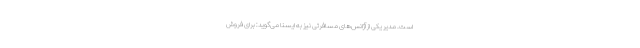
است. مدیر یکی از آژانس‌های مسافرتی نیز به ایسنا می‌گوید: برای فروش